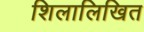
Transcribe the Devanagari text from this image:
शिलालिखित